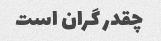
چقدر گران است